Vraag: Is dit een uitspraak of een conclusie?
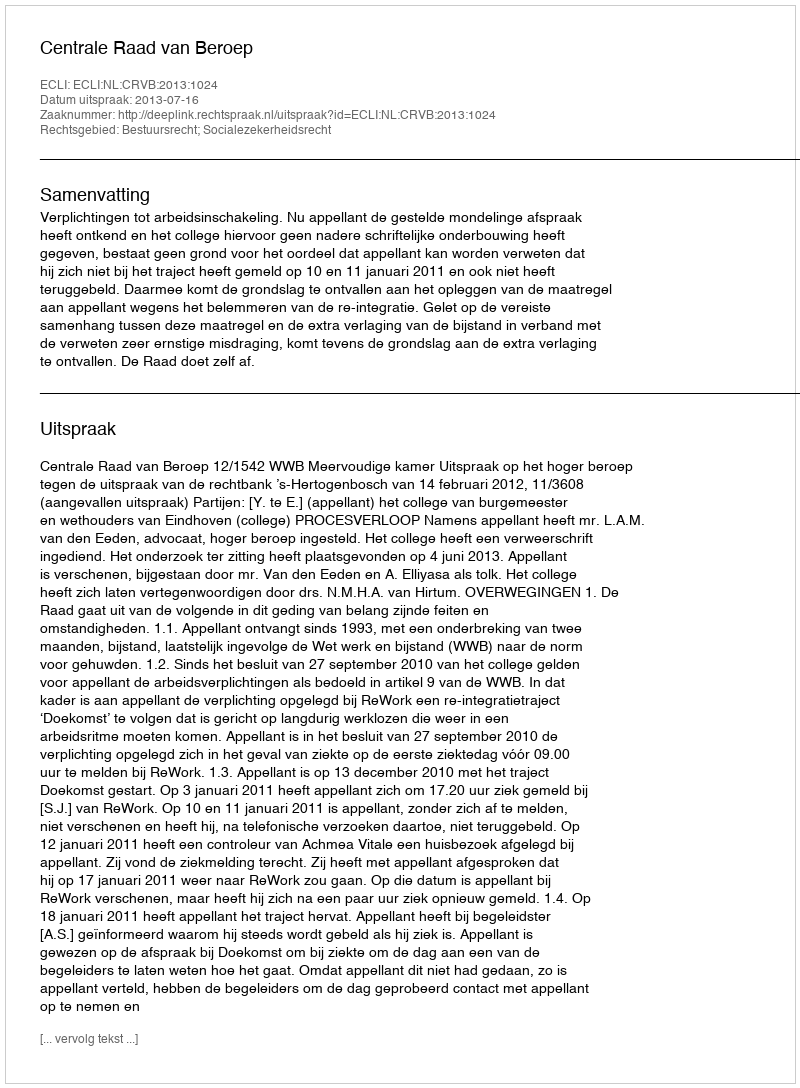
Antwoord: Uitspraak